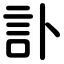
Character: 訃